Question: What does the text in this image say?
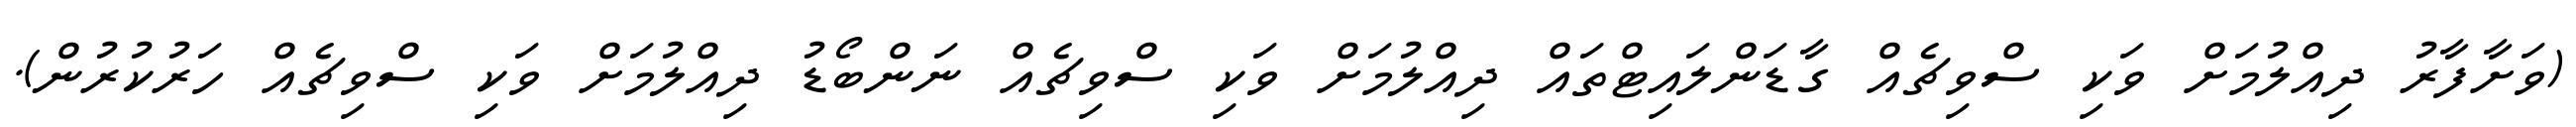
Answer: (ވަށާފާރު ދިއްލުމަށް ވަކި ސްވިޗެއް ގާޑަންލައިޓްތައް ދިއްލުމަށް ވަކި ސްވިޗެއް ނަންބޯޑު ދިއްލުމަށް ވަކި ސްވިޗެއް ހަރުކުރުން).